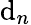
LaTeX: \mathrm{d}_{n}